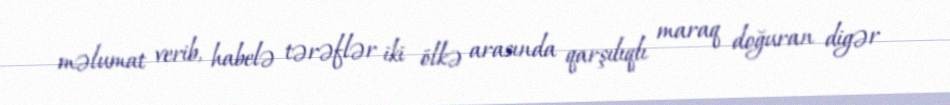
məlumat verib, habelə tərəflər iki ölkə arasında qarşılıqlı maraq doğuran digər